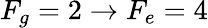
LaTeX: F_{g}=2\rightarrow F_{e}=4